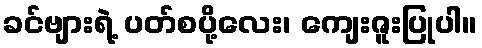
ခင်ဗျားရဲ့ ပတ်စပို့လေး၊ ကျေးဇူးပြုပါ။